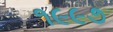
૧૯૯૭